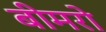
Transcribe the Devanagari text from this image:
बीमरो